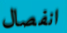
انفصال